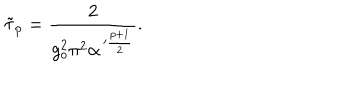
\tilde { \tau } _ { p } = \frac { 2 } { g _ { o } ^ { 2 } \pi ^ { 2 } \alpha ^ { \, \prime \frac { p + 1 } { 2 } } } .